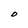
Character: O